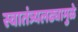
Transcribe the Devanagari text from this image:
स्वातंत्र्यलढ्यामुळे